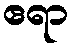
ဧရာ